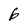
Character: b